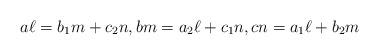
LaTeX: \begin{align*}a\ell=b_1m+c_2n,bm=a_2\ell+c_1n,cn=a_1\ell+b_2m\end{align*}